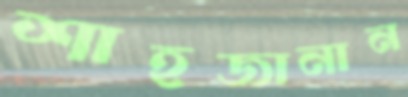
শাহজানান